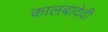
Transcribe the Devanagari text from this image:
कालबादेवी